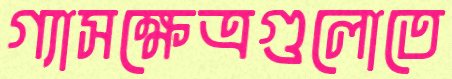
গ্যাসক্ষেত্রগুলোতে